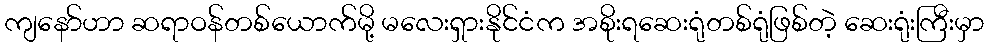
ကျနော်ဟာ ဆရာဝန်တစ်ယောက်မို့ မလေးရှားနိုင်ငံက အစိုးရဆေးရုံတစ်ရုံဖြစ်တဲ့ ဆေးရုံးကြီးမှာ